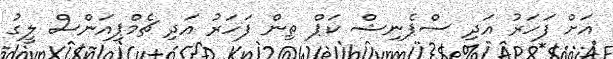
އަށް ފަހަރު އަދި ސްޕެނިޝް ކަޕް ތިން ފަހަރު އަދި ޗެމްޕިއަންސް ލީގު